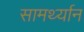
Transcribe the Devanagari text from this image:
सामर्थ्‍यान